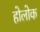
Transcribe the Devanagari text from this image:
होलोक